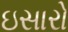
ઇસારો